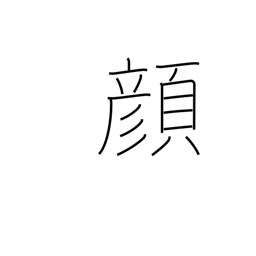
Meaning: expression